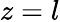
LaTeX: z=l